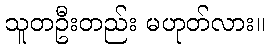
သူတဦးတည်း မဟုတ်လား။